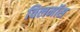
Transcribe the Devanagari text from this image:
विलमॉस